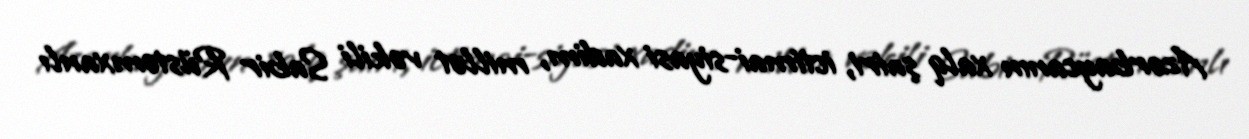
Azərbaycanın xalq şairi, ictimai-siyasi xadim, millət vəkili Sabir Rüstəmxanlı